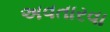
અવતારવા